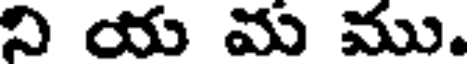
ని య మ ము.